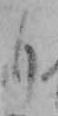
も